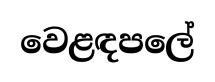
වෙළඳපලේ